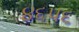
૪૬૫૬